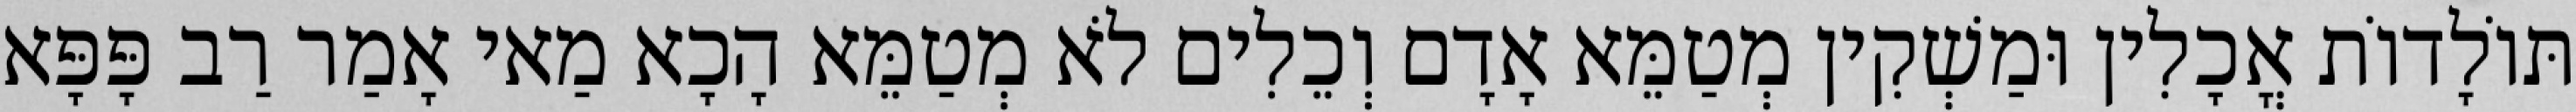
תּוֹלָדוֹת אֳכָלִין וּמַשְׁקִין מְטַמֵּא אָדָם וְכֵלִים לֹא מְטַמֵּא הָכָא מַאי אָמַר רַב פָּפָּא